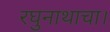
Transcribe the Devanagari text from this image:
रघुनाथाचा।